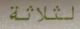
لثلاثة